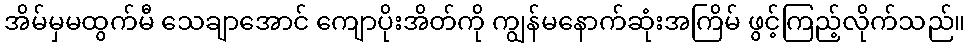
အိမ်မှမထွက်မီ သေချာအောင် ကျောပိုးအိတ်ကို ကျွန်မနောက်ဆုံးအကြိမ် ဖွင့်ကြည့်လိုက်သည်။